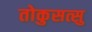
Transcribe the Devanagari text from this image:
तोकुसत्सु